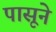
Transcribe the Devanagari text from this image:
पासूने